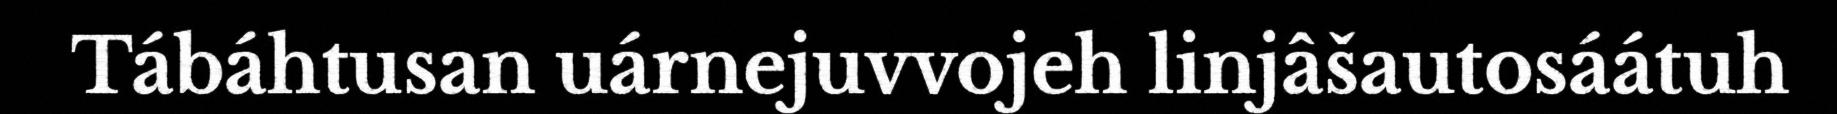
Tábáhtusan uárnejuvvojeh linjâšautosáátuh